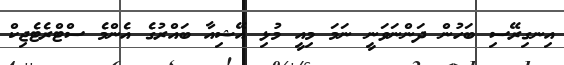
އިނގިރޭސި ބަހުން ދަންނަވަނީ ނަމަ މިއީ މުޅި އޭޝިއާ ބައްރުގެ އެންމެ ސްޓްރެޓެޖިކް